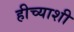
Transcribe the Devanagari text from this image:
हीच्याशी